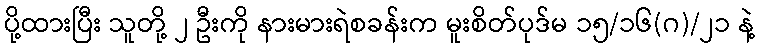
ပို့ထားပြီး သူတို့ ၂ ဦးကို နားမားရဲစခန်းက မူးစိတ်ပုဒ်မ ၁၅/၁၆(ဂ)/၂၁ နဲ့